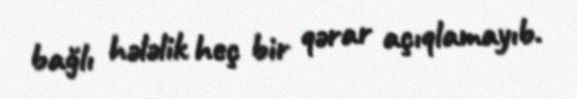
bağlı hələlik heç bir qərar açıqlamayıb.